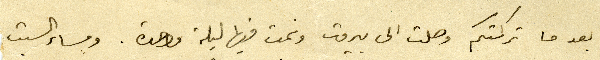
بعدما تركتكم وصلت الى بيروت ونمت فيها ليلة واحدة. ومساء السبت